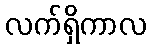
လက်ရှိကာလ